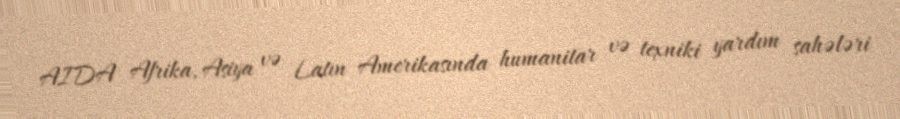
AIDA Afrika, Asiya və Latın Amerikasında humanitar və texniki yardım sahələri